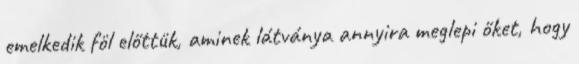
emelkedik föl előttük, aminek látványa annyira meglepi őket, hogy